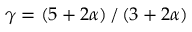
\gamma = \left( 5 + 2 \alpha \right) / \left( 3 + 2 \alpha \right)